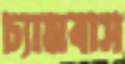
চ্যামবাস